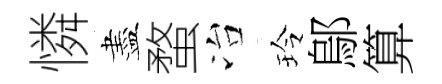
憐盡蝥冶玲鄔算